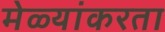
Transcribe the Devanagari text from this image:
मेळ्यांकरता